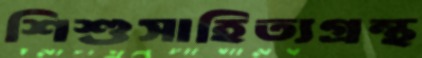
শিশুসাহিত্যগ্রন্থ